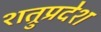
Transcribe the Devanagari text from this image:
शत्रुप्रदेश